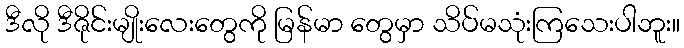
ဒီလို ဒီဇိုင်းမျိုးလေးတွေကို မြန်မာ တွေမှာ သိပ်မသုံးကြသေးပါဘူး။